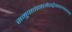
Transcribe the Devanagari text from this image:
समुपात्तानामेतद्वैभवलक्षणम्